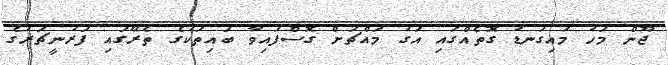
ޖޫން މަހު މައިގަނޑު ގޮތެއްގައި އަގު މައްޗަށް ގޮސްފައިވާ ބައިތަކުގެ ތެރޭގައި ފަރުނީޗަރުގެ